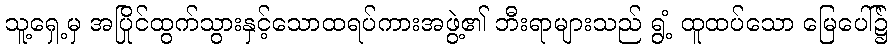
သူ့ရှေ့မှ အပြိုင်ထွက်သွားနှင့်သောထရပ်ကားအဖွဲ့၏ ဘီးရာများသည် ရွံ့ ထူထပ်သော မြေပေါ်၌